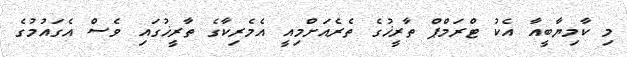
މި ކާމިޔާބީއާ އެކު ޓްރަމްޕް ތާރީޚުގެ ތެރެއަށްމިއީ އެމެރިކާގެ ތާރީޚުގައި ވެސް އެގައުމުގެ